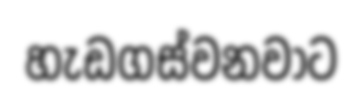
හැඩගස්වනවාට